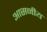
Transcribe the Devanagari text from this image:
आसनीय